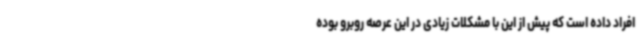
افراد داده است که پیش از این با مشکلات زیادی در این عرصه روبرو بوده